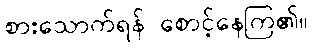
စားသောက်ရန် စောင့်နေကြ၏။